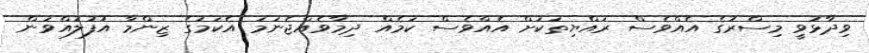
ވިދާޅުވީ މިސްރުގެ އެއްވެސް ރައްޔިތަކަށް އެއްވެސް ކަމެއް ދިމާވެއްޖެނަމަ އެކަމުގެ ޒިންމާ އުފުލުއްވަން